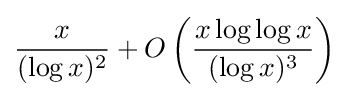
{\frac {x}{(\log x)^{2}}}+O\left({\frac {x\log \log x}{(\log x)^{3}}}\right)